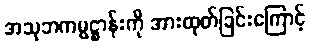
အသုဘကမ္မဋ္ဌာန်းကို အားထုတ်ခြင်းကြောင့်